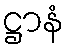
ဋ္ဌာနံ